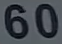
60